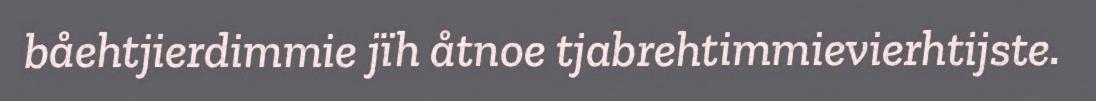
båehtjierdimmie jïh åtnoe tjabrehtimmievierhtijste.